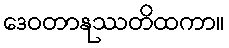
ဒေဝတာနုဿတိထကာ။